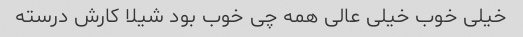
خیلی خوب خیلی عالی همه چی خوب بود شیلا کارش درسته